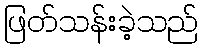
ဖြတ်သန်းခဲ့သည်